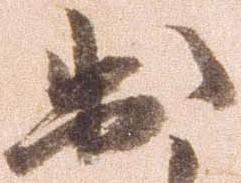
出